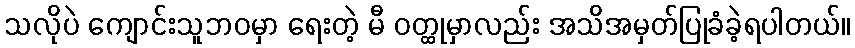
သလိုပဲ ကျောင်းသူဘဝမှာ ရေးတဲ့ မီ ဝတ္ထုမှာလည်း အသိအမှတ်ပြုခံခဲ့ရပါတယ်။